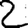
Digit: 2